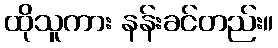
ထိုသူကား နန်းခင်တည်း။